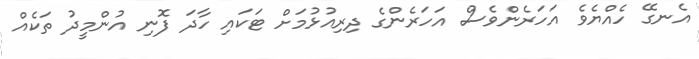
އެނގޭ ހެއްޔެވެ އަހަރެންވެސް އަހަރެންގެ ދިރިއުޅުމަށް ޓަކައި ހާދަ ފޮނި އުންމީދު ތަކެއް